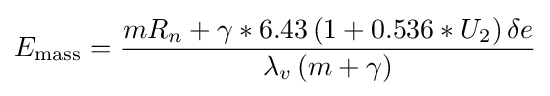
E_{\mathrm {mass} }={\frac {mR_{n}+\gamma *6.43\left(1+0.536*U_{2}\right)\delta e}{\lambda _{v}\left(m+\gamma \right)}}